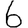
Digit: 6